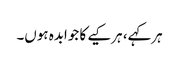
ہرکہے، ہرکیے کا جوابدہ ہوں۔